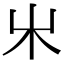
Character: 𣎵